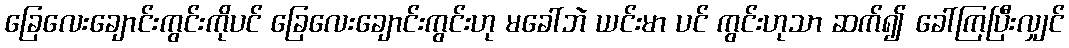
ခြေလေးချောင်းကွင်းကိုပင် ခြေလေးချောင်းကွင်းဟု မခေါ်ဘဲ ယင်းမာ ပင် ကွင်းဟုသာ ဆက်၍ ခေါ်ကြပြီးလျှင်